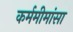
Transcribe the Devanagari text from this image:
कर्ममीमांसा